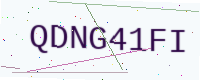
Text: QDNG41FI